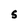
Character: S